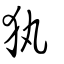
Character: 犱